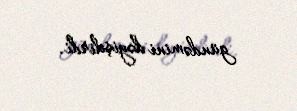
gündəmini dəyişdirdi.